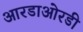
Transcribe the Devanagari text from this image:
आरडाओरडी